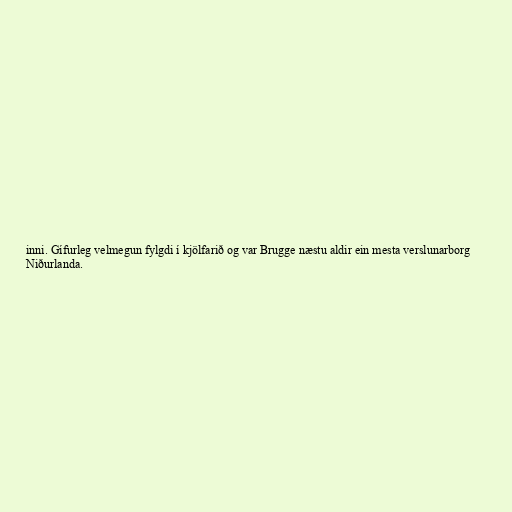
inni. Gífurleg velmegun fylgdi í kjölfarið og var Brugge næstu aldir ein mesta verslunarborg
Niðurlanda.